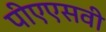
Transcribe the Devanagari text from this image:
पीएएसवी